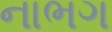
નાભગ